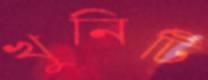
খুনিটি